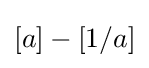
[a]-[1/a]